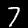
Label: 7